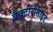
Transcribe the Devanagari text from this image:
बैक्टीरीसाइड